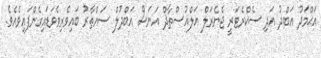
އަޙްމަދު އަބްދު އަދި ސެކްރެޓަރީ ޖެނެރަލް އަލްއުސްތާޛް އަނަސް އަބްދުލް ސައްތާރު ބައިވެރިވެވަޑައިގެންފައިވެއެވެ.